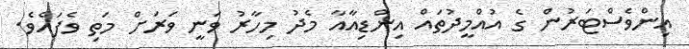
އިންވެސްޓަރުން ގެ އުއްމީދުތައް އިންޑިއާއާ މެދު މިހާރު ވަނީ ވަރަށް މަތި ވެފައެވެ.